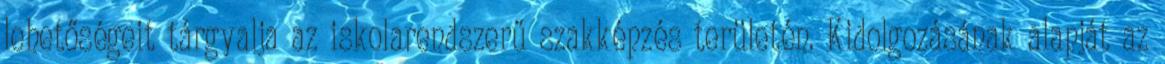
lehetőségeit tárgyalja az iskolarendszerű szakképzés területén. Kidolgozásának alapját az